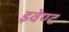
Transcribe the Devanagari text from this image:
इवेण्ट